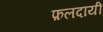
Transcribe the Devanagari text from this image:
फ़लदायी